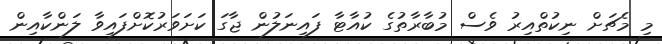
މި މެޗަށް ނިކުތްއިރު ވެސް މުބާރާތުގެ ކުއާޓާ ފައިނަލުން ޖާގަ ކަށަވަރުކޮށްފައިވާ ލަންކާއިން